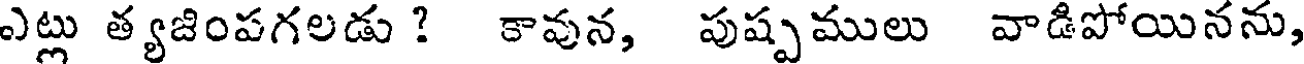
ఎట్లు త్యజింపగలడు ? కావున, పుష్పములు వాడిపోయినను,